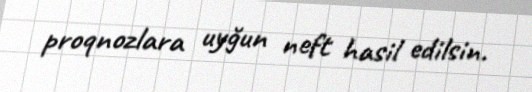
proqnozlara uyğun neft hasil edilsin.